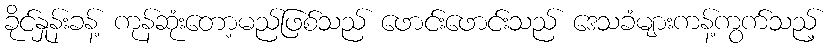
ခိုင်နှုန်းခန့် ကုန်ဆုံးတော့မည်ဖြစ်သည် ဖောင်းဖောင်းသည် ဒေသခံများကန့်ကွက်သည့်